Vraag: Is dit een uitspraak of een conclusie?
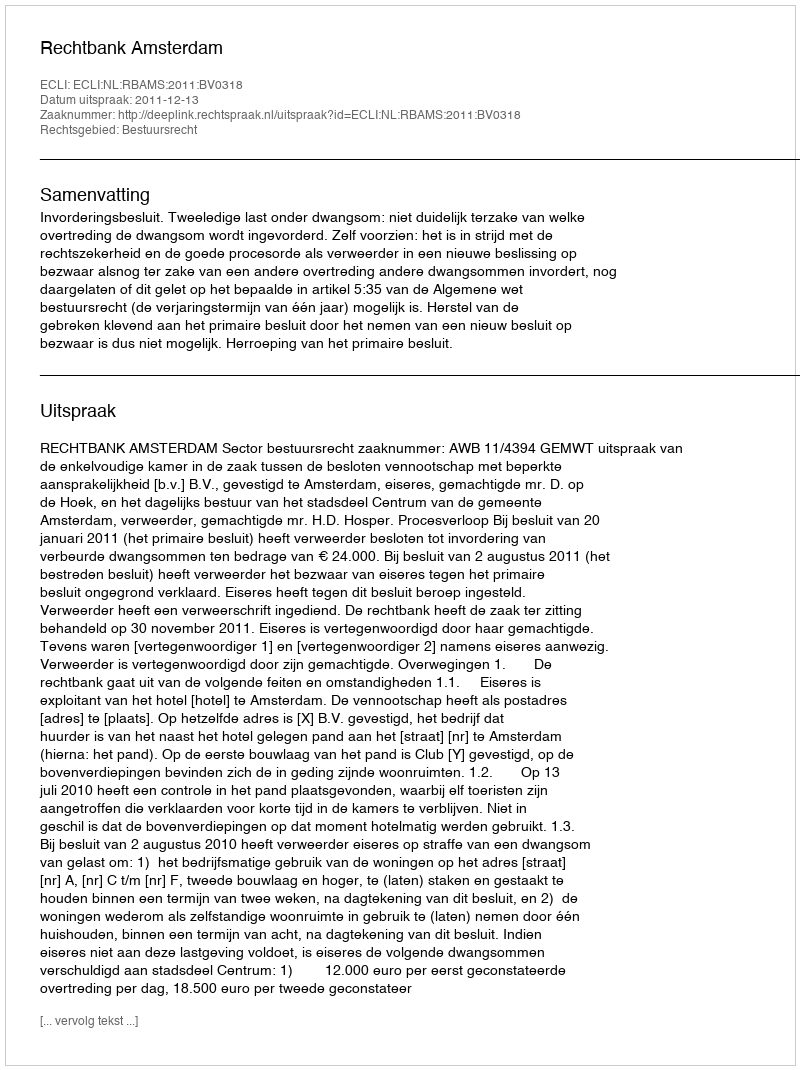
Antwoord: Uitspraak